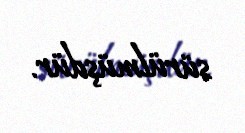
sürülmüşdür.